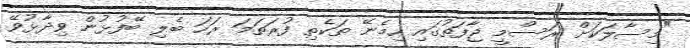
"މިސާލަކަށް ރަސްމީ ޖާފަތުގައި ހިމެނޭ ތަކެތި ފުރަތަމަ ރަހަ ބެލި ބޭފުޅުން ވިދާޅުވޭ